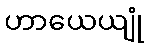
ဟာယေယျုံ